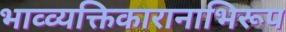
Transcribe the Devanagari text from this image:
भाव्व्यक्तिकारानाभिरूप